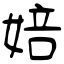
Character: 婄